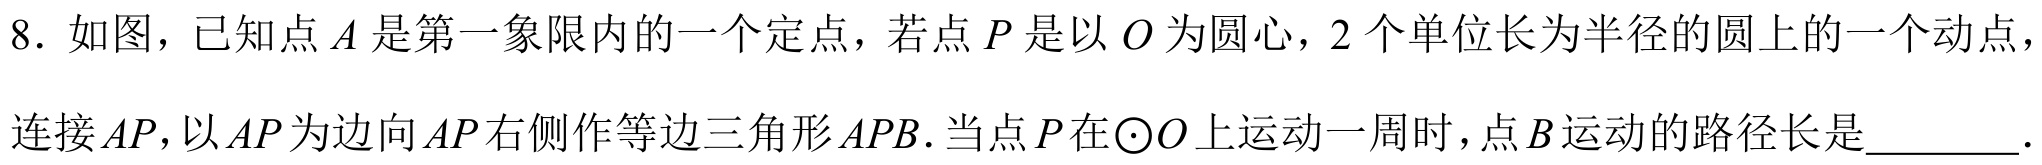
8. 如图，已知点\(A\)是第一象限内的一个定点，若点\(P\)是以\(O\)为圆心，\(2\)个单位长为半径的圆上的一个动点，
连接\(AP\)，以\(AP\)为边向\(AP\)右侧作等边三角形\(APB\).当点\(P\)在\(\odot O\)上运动一周时，点\(B\)运动的路径长是  ．